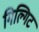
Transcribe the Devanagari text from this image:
गिल्गिट